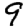
Digit: 9